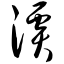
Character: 溪